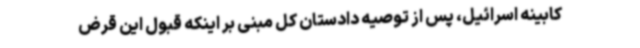
کابینه اسرائیل، پس از توصیه دادستان کل مبنی بر اینکه قبول این قرض